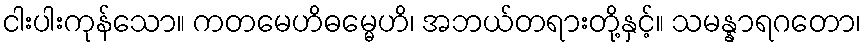
ငါးပါးကုန်သော။ ကတမေဟိဓမ္မေဟိ၊ အဘယ်တရားတို့နှင့်။ သမန္နာရဂတော၊